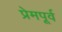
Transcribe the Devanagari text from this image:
प्रेमपूर्व